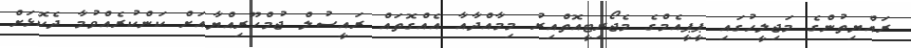
ރައްޔިތުންގެ މަޖިލީހުގައި ޕީޕީއެމްގެ މެޖޯރިޓީއޮތްއިރު މިމާއްދާއާ އެއްގޮތައް ރައީސުލް ޖުމްހޫރިއްޔާއަށް ކަންކުރެއްވުމާ ދެކޮޅަށް